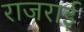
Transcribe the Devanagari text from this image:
राजराई